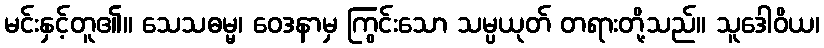
မင်းနှင့်တူ၏။ သေသဓမ္မ၊ ဝေဒနာမှ ကြွင်းသော သမ္ပယုတ် တရားတို့သည်။ သူဒေါဝိယ၊